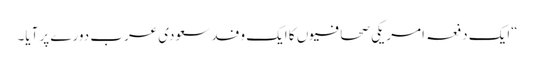
“ایک دفعہ امریکی صحافیوں کا ایک وفد سعودی عرب دورے پر آیا۔